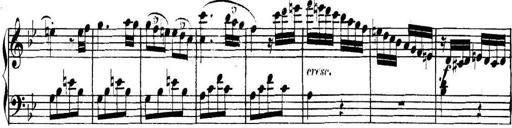
Title: Collected Piano Sonatas
Composer: Muzio Clementi